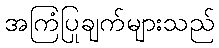
အကြံပြုချက်များသည်